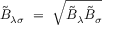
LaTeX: \tilde { B } _ { \lambda \sigma } ~ = ~ \sqrt { \tilde { B } _ { \lambda } \tilde { B } _ { \sigma } }